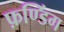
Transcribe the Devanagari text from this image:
फ़ण्डिंग